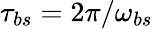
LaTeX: \tau_{bs}=2\pi/\omega_{bs}